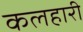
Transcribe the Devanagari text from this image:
कलहारी